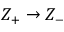
{ Z _ { + } } \to { Z _ { - } }